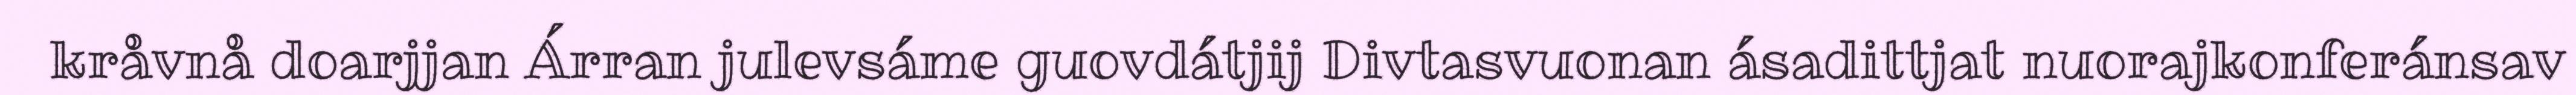
kråvnå doarjjan Árran julevsáme guovdátjij Divtasvuonan ásadittjat nuorajkonferánsav